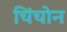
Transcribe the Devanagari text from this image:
चिंचोन